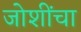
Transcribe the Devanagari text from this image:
जोशींचा